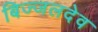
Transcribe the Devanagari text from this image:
बिज्जलदेव